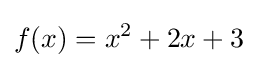
f(x)=x^{2}+2x+3